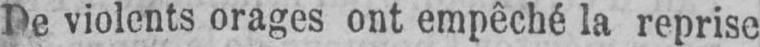
De violents orages ont empêché la reprise